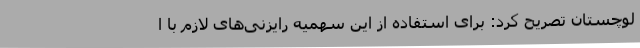
لوچستان تصریح کرد: برای استفاده از این سهمیه رایزنی‌های لازم با ا